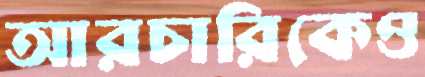
আরচারিকেও